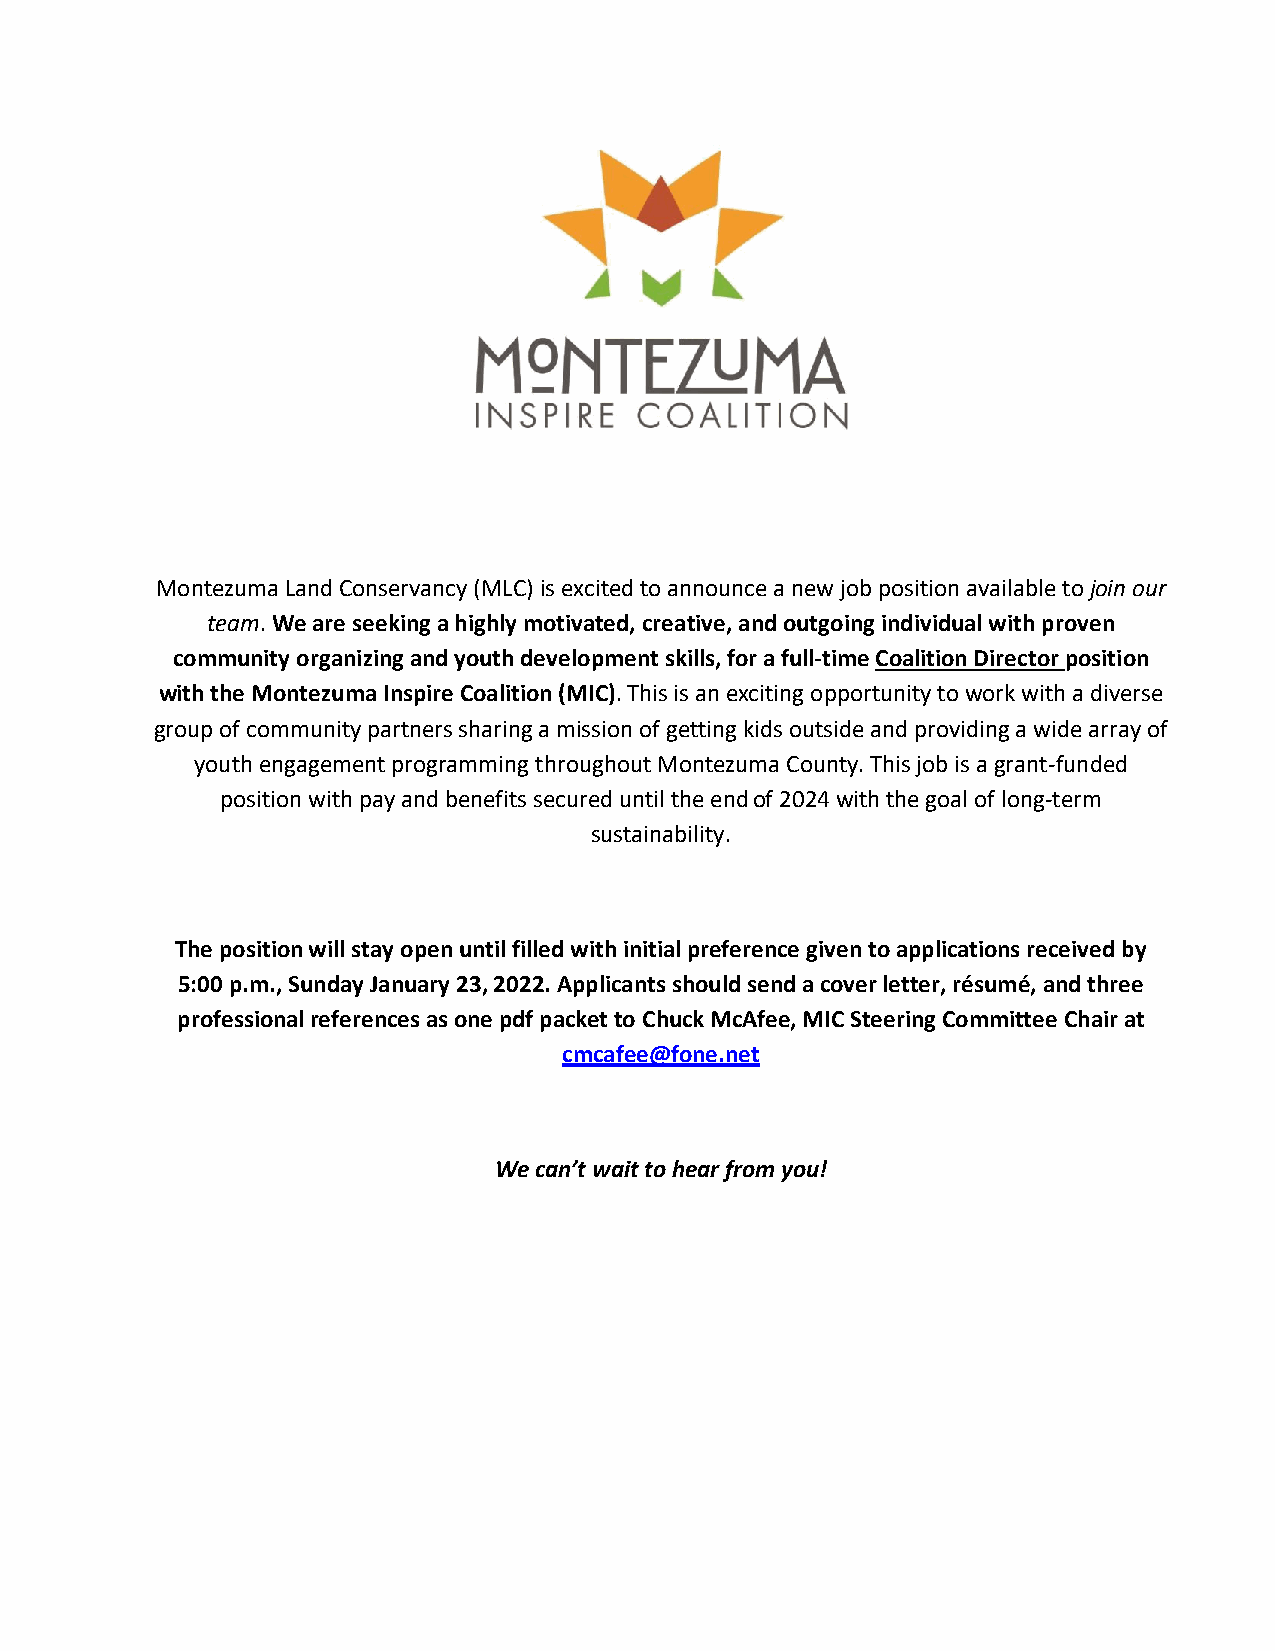
Montezuma Land Conservancy (MLC) is excited to announce a new job position available to join our
 team. We are seeking a highly motivated, creative, and outgoing individual with proven
 community organizing and youth development skills, for a full-time Coalition Director position
 with the Montezuma Inspire Coalition (MIC). This is an exciting opportunity to work with a diverse
 group of community partners sharing a mission of getting kids outside and providing a wide array of
 youth engagement programming throughout Montezuma County. This job is a grant-funded
 position with pay and benefits secured until the end of 2024 with the goal of long-term
 sustainability.
 The position will stay open until filled with initial preference given to applications received by
 5:00 p.m., Sunday January 23, 2022. Applicants should send a cover letter, résumé, and three
 professional references as one pdf packet to Chuck McAfee, MIC Steering Committee Chair at
 cmcafee@fone.net
 We can’t wait to hear from you!